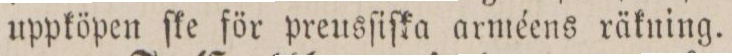
uppköpen ſke för preusſiſka arméens räkning.